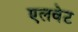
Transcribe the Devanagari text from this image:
एलवेट